Annual report on the health of the army in India
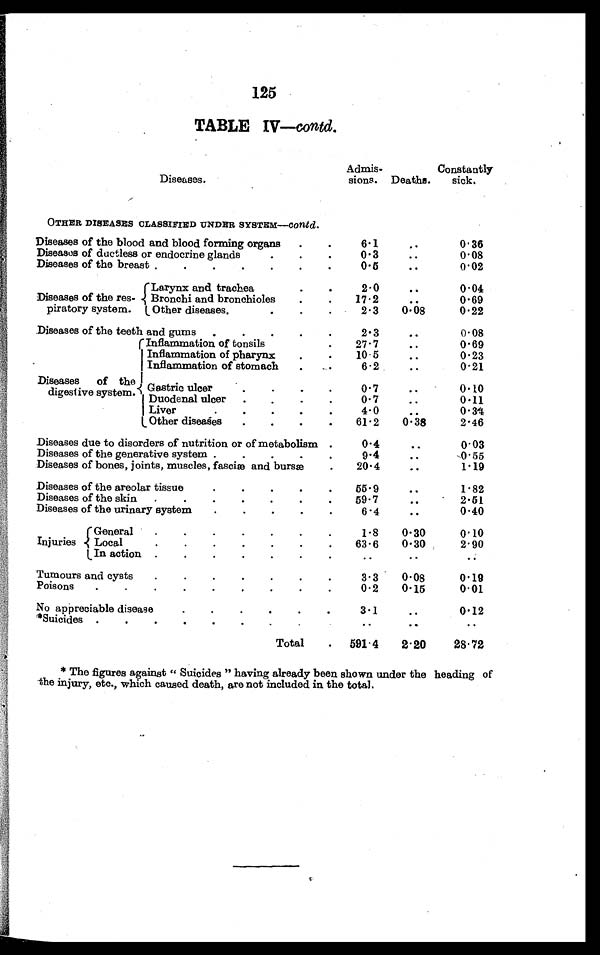
125
TABLE IV—contd.
Diseases.
Admis-
sions. Deaths.
Constantly
sick.
OTHER DISEASES CLASSIFIED UNDER SYSTEM— contd.
Diseases of the blood and blood forming organs . . .
6.1
. . . 0.36
Diseases of ductless or endocrine glands . . .
0.3
. . .
0.08
Diseases of the breast . . .
0.5
. . .
0.02
Diseases of the res-
piratory system.
Larynx and trachea. . .
2.0
. . .
0.04
Bronchi and bronchioles . . .
17.2
. . .
0.69
Other diseases . . .
2.3
0.08
0.22
Diseases of the teeth and gums . . .
2.3
. . .
0.08
Diseases
of the
digestive system.
Inflammation of tonsils. . .
27.7
. . .
0.69
Inflammation of pharynx . . .
10.5
. . .
0.23
Inflammation of stomach . . .
6.2
. . .
0.21
Gastric ulcer . . .
0 • 7
. . .
0.10
Duodenal ulcer . . .
0.7
. . .
0.11
Liver . . .
4.0
. . .
0 . 3 4
Other diseases . . .
61.2
0.38
2.46
Diseases due to disorders of nutrition or of metabolism . . .
0.4
. . .
0.03
Diseases of the generative system . . .
9.4
. . .
0.55
Diseases of bones, joints, muscles, fasciæ and bursæ . . .
20.4
. . .
1.19
Diseases of the areolar tissue . . .
55.9
. . .
1.82
Diseases of the skin . . .
59.7
. . .
2.51
Diseases of the urinary system . . .
6.4
. . .
0.40
Injuries
General . . .
1.8
0.30
0.10
Local . . .
63.6
0.30
2.90
In action . . .
. . .
. . .
. . .
Tumours and cysts . . .
3.3
0.08
0.19
Poisons . . .
0.2
0.15
0.01
No appreciable disease . . .
3.1
. . .
0.12
*Suicides . . .
. . .
. . .
. . .
Total
. . .
591 . 4
2 . 20
28.72
* The figures against “ Suicides ” having already been shown under the heading of
the injury, etc., which caused death, are not included in the total.